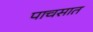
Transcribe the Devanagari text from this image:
पाचसात